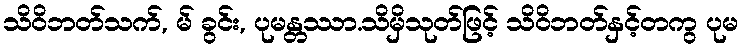
သိဝိဘတ်သက်, မ် ခွင်း, ပုမန္တဿာ.သိမှိသုတ်ဖြင့် သိဝိဘတ်နှင့်တကွ ပုမ